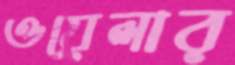
ওয়েলার